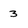
Character: 3